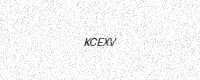
Text: KCEXV